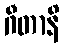
ဂီတာနိ